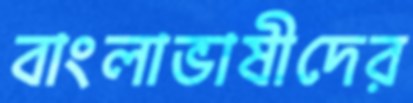
বাংলাভাষীদের